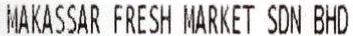
MAKASSAR FRESH MARKET SDN BHD